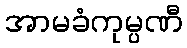
အာမခံကုမ္ပဏီ